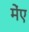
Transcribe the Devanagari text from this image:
मेंए